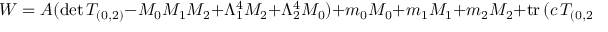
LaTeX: W = A ( \mathrm { d e t } \, T _ { ( 0 , 2 ) } - M _ { 0 } M _ { 1 } M _ { 2 } + \Lambda _ { 1 } ^ { 4 } M _ { 2 } + \Lambda _ { 2 } ^ { 4 } M _ { 0 } ) + m _ { 0 } M _ { 0 } + m _ { 1 } M _ { 1 } + m _ { 2 } M _ { 2 } + \mathrm { t r } \, ( c \, T _ { ( 0 , 2 ) } )